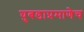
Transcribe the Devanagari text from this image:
घुबडाप्रमाणेच